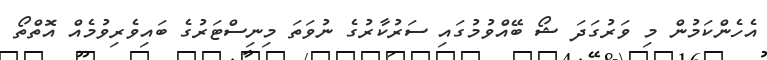
އެހެންކަމުން މި ވަރުގަދަ ޝޯ ބޭއްވުމުގައި ސަރުކާރުގެ ނުވަތަ މިނިސްޓަރުގެ ބައިވެރިވުމެއް އޮތްތޯ